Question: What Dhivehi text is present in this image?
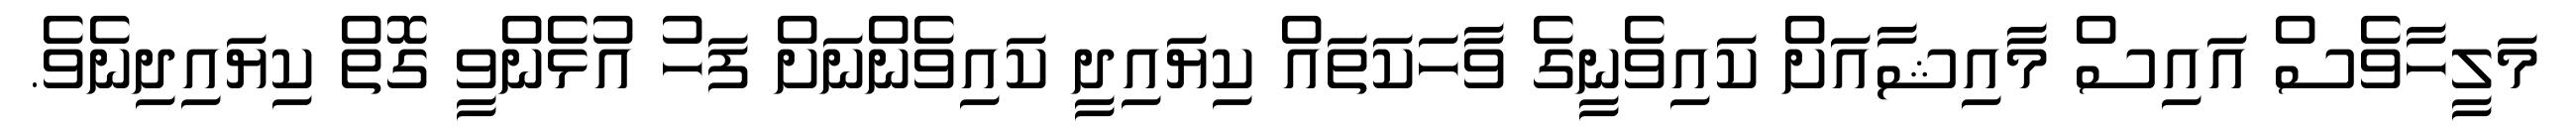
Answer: މަލީހާވެސް އައިސް މާއިޝާއަށް ކައިވެނީގެ ވާހަކަތައް ކިޔައިދީ ކައިވެންނަށް ފަހު އުޅެންވީ ގޮތް ކިޔައިދިނެވެ.